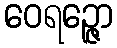
ဝေရဉ္ဇော